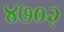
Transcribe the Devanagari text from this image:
४७०२